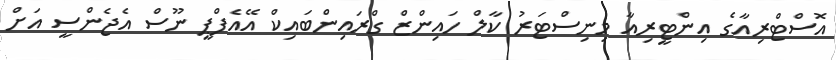
އޮސްޓްްރިއާގެ އިންޓީރިއާ މިނިސްޓަރު ކާލް ހައިންޒް ގްރައިންބައިކް އޭއެފްޕީ ނޫސް އެޖެންސީ އަށް